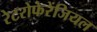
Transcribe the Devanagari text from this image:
रेटरोफेरेंजियल